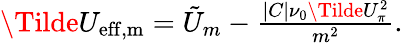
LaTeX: \begin{array}{r}{\Tilde{U}_{\mathrm{{eff},m}}=\tilde{U}_{m}-\frac{|C|\nu_{0}\Tilde{U}_{\pi}^{2}}{m^{2}}.}\end{array}